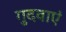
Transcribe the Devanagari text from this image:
गुदवाएं